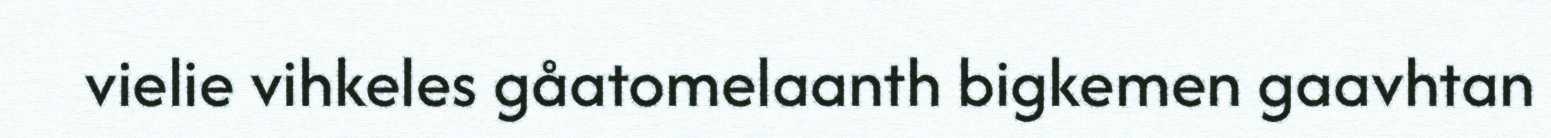
vielie vihkeles gåatomelaanth bigkemen gaavhtan